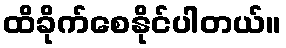
ထိခိုက်စေနိုင်ပါတယ်။